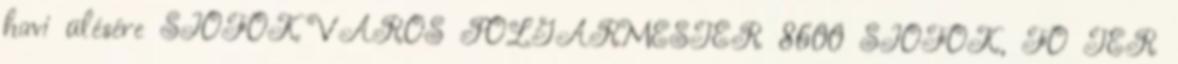
havi ülésére SIÓFOK VÁROS POLGÁRMESTER 8600 SIÓFOK, FŐ TÉR